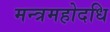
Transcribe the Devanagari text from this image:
मन्त्रमहोदधि